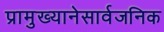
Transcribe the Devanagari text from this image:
प्रामुख्यानेसार्वजनिक